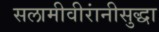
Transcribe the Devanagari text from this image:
सलामीवीरांनीसुद्धा